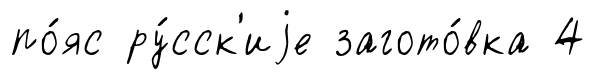
по́яс ру́сск'иjе загото́вка 4